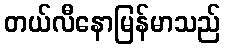
တယ်လီနောမြန်မာသည်